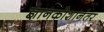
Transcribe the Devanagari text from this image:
ज्ञानकोशानंतर